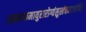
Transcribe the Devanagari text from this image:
अस्माकमायुरारोग्यंसुखंचददतांचिरं